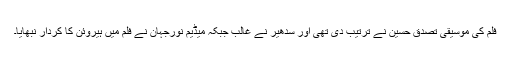
فلم کی موسیقی تصدق حسین نے ترتیب دی تھی اور سدھیر نے غالب جبکہ میڈیم نورجہان نے فلم میں ہیروئن کا کردار نبھایا۔